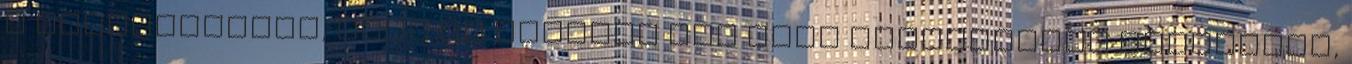
a hangszínében, vagy az egyenes hát alig észrevehető görcsével,